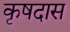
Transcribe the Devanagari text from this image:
कृषदास